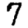
Digit: 7